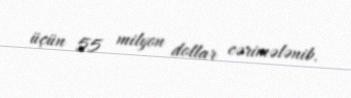
üçün 55 milyon dollar cərimələnib.